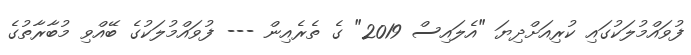
ފުވައްމުލަކުގައި ކުރިއަށްދިޔަ "އެލައިސް 2019" ގެ ތެރެއިން --- ފުވައްމުލަކުގެ ބޭއްވި މުބާރާތުގެ